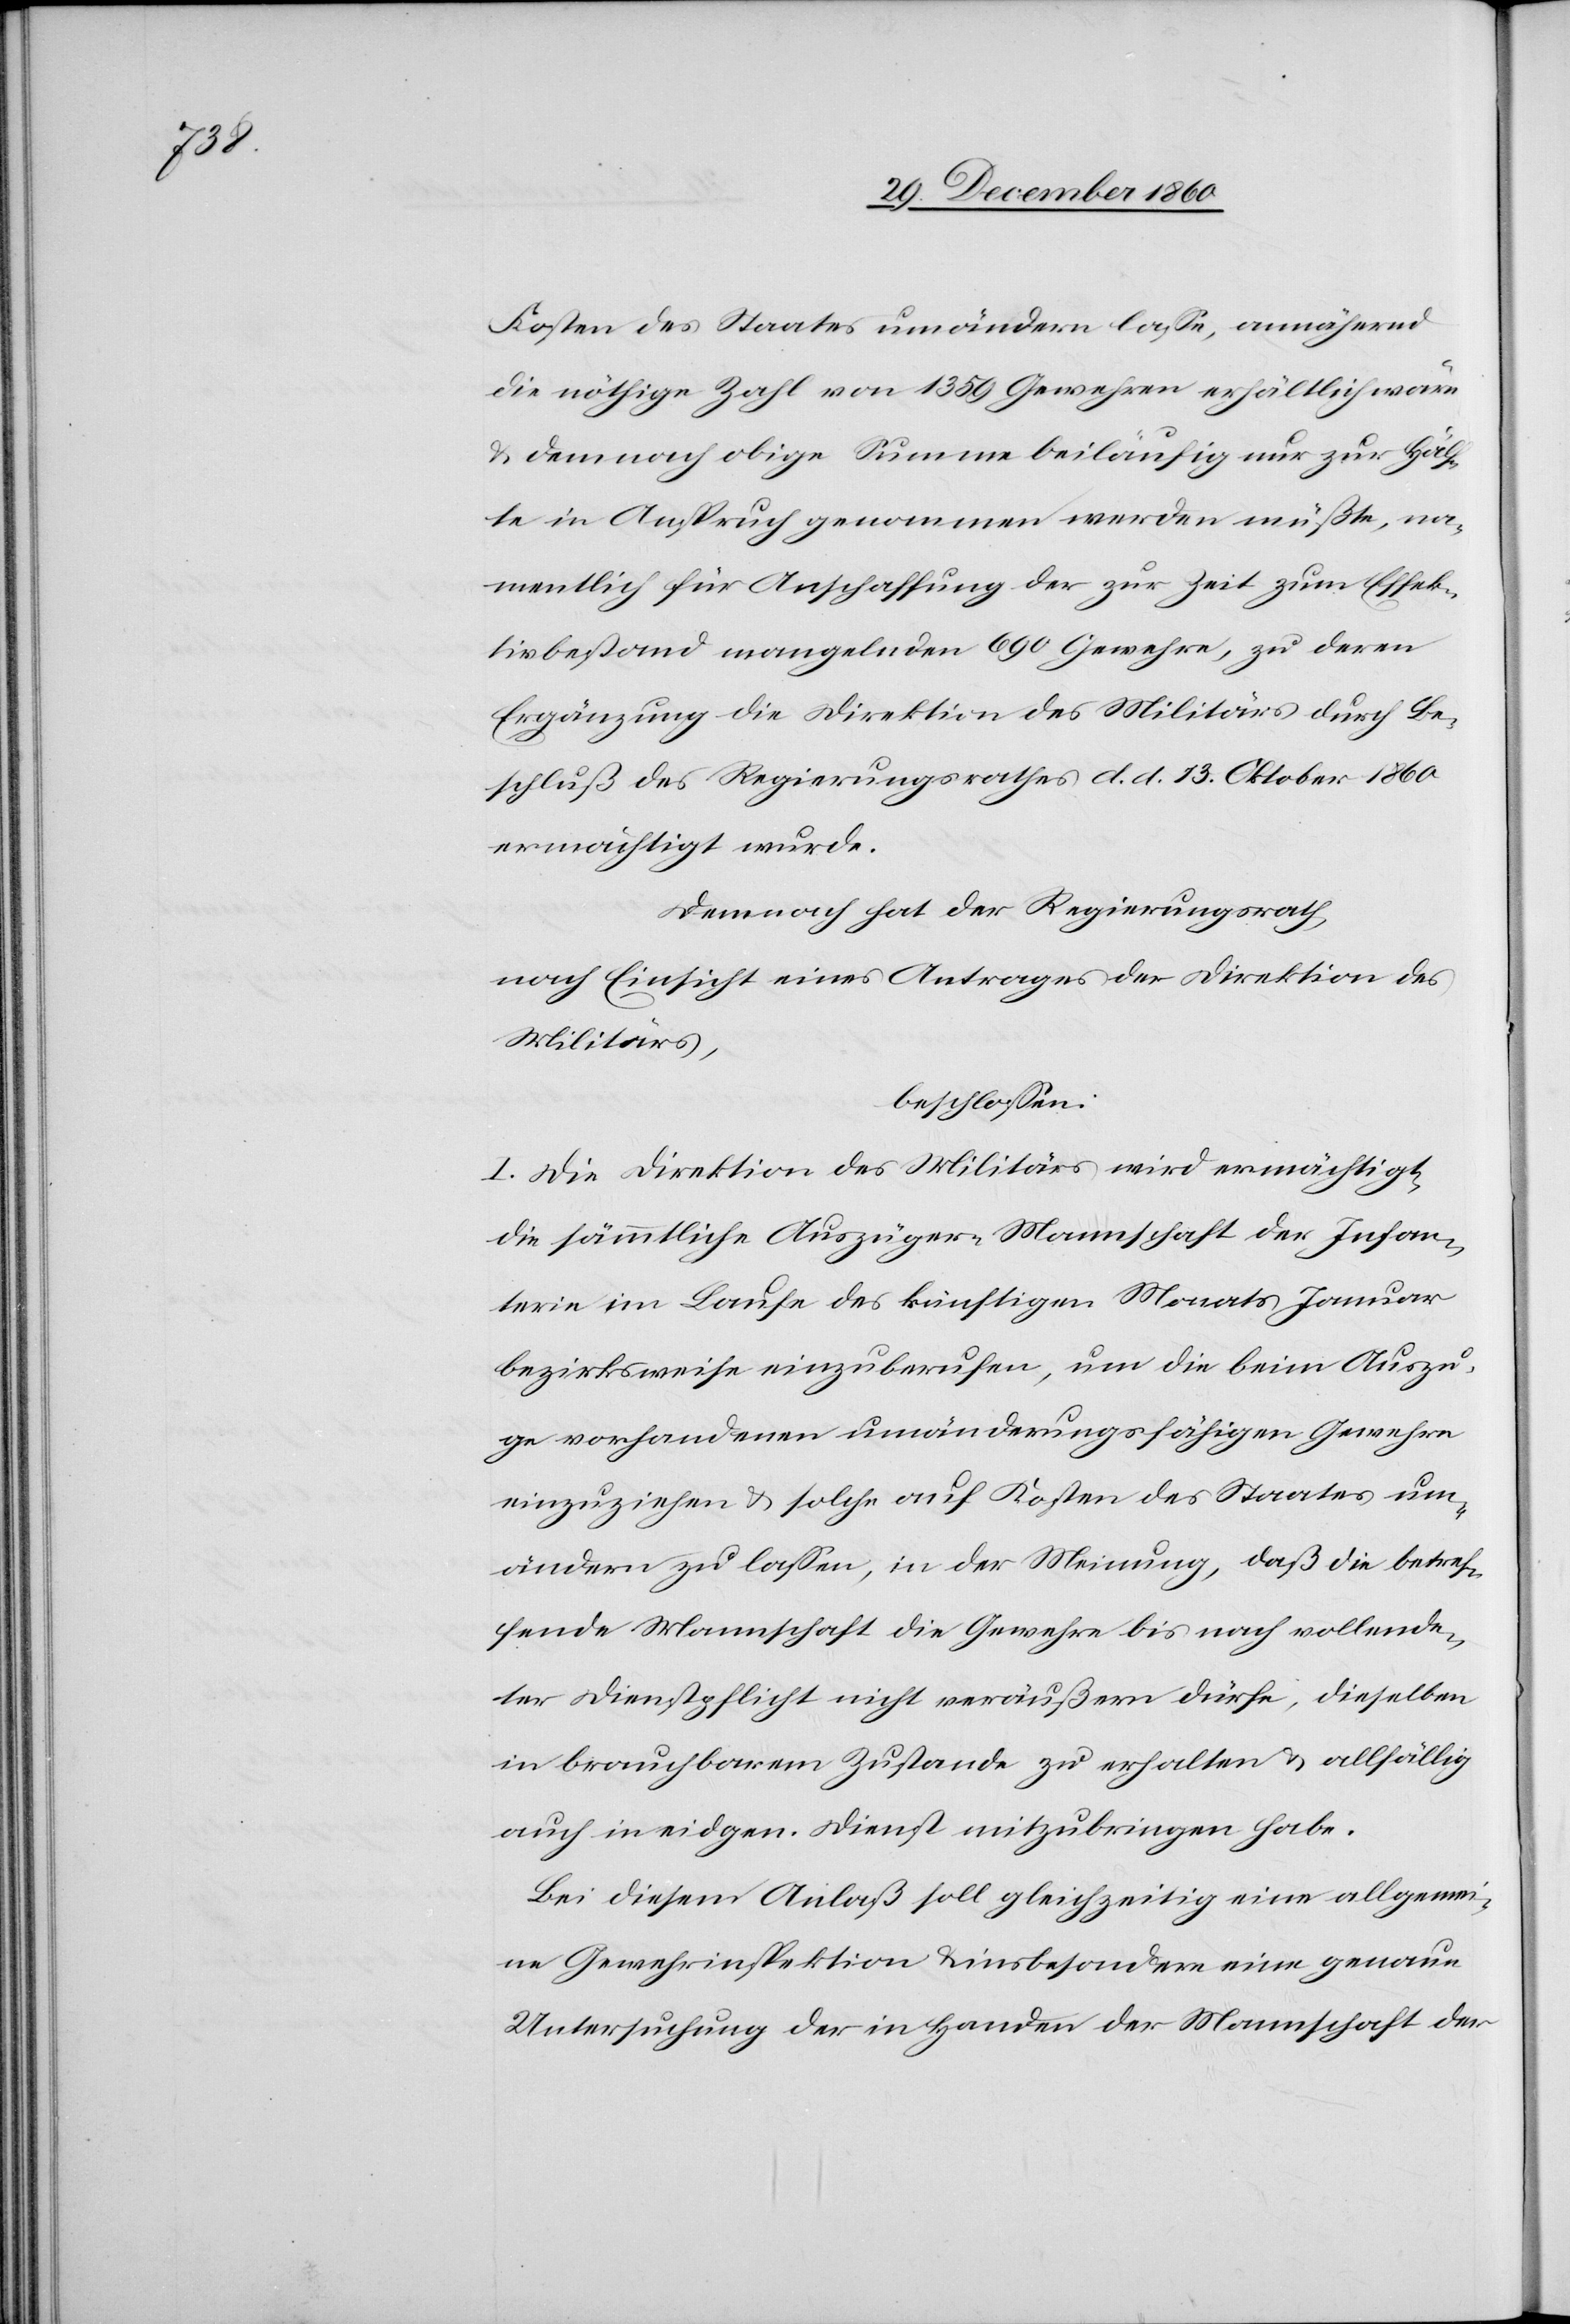
Kosten des Staates umändern lasse, annährend
die nöthige Zahl von 1359 Gewehren erhältlich wäre
u. demnach obige Summe beiläufig zur Hälf¬
te in Anspruch genommen werden müßte, na¬
mentlich für Anschaffung der zur Zeit zum Effek¬
tivbestand mangelnden 690 Gewehre, zu deren
Ergänzung die Direktion des Militärs durch Be¬
schluß des Regierungsrathes d. d. 13. Oktober 1860
ermächtigt wurde.
Demnach hat der Regierungsrath,
nach Einsicht eines Antrages der Direktion des
Militärs
beschlossen:
I. Die Direktion des Militärs wird ermächtigt,
die sämmtliche Auszüger-Mannschaft der Infan¬
terie im Laufe des künftigen Monats Januar
bezirksweise einzuberufen, um die beim Auszu¬
ge vorhandenen umänderungsfähigen Gewehre
einzuziehen u. solche auf Kosten des Staates um¬
ändern zu lassen, in der Meinung, daß die betref¬
fende Mannschaft die Gewehre bis nach vollende¬
ter Dienstpflicht nicht veräußern dürfe, dieselben
in brauchbarem Zustande zu erhalten u. allfällig
auch in eidgen. Dienst mitzubringen habe.
Bei diesem Anlaß soll gleichzeitig eine allgemei¬
ne Gewehrinspektion u. insbesondere eine genaue
Untersuchung der in Handen der Mannschaft der